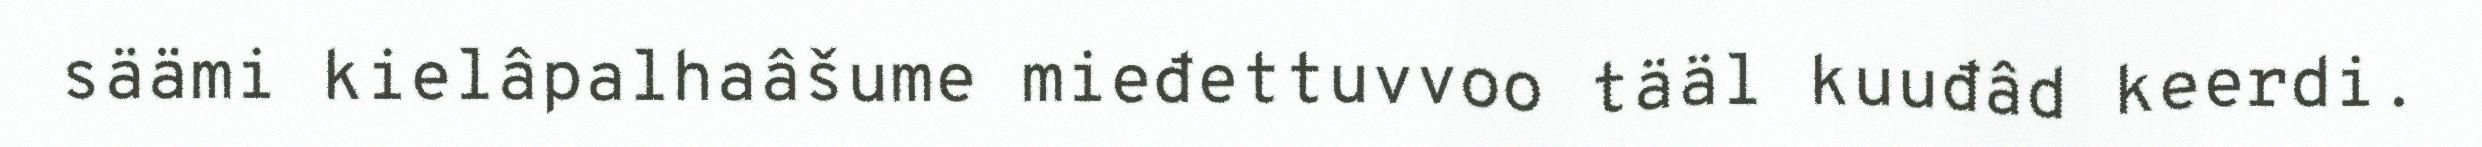
säämi kielâpalhaâšume mieđettuvvoo tääl kuuđâd keerdi.